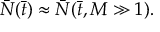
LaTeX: { \bar { \cal N } } ( { \bar { t } } ) \approx { \bar { \cal N } } ( { \bar { t } } , M \gg 1 ) .